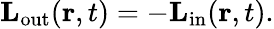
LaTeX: \mathbf{L}_{\mathrm{out}}(\mathbf{r},t)=-\mathbf{L}_{\mathrm{in}}(\mathbf{r},t).